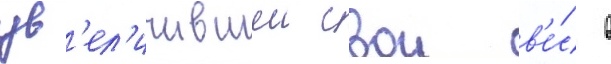
ув'ел'ичившеи свои в'е́с в